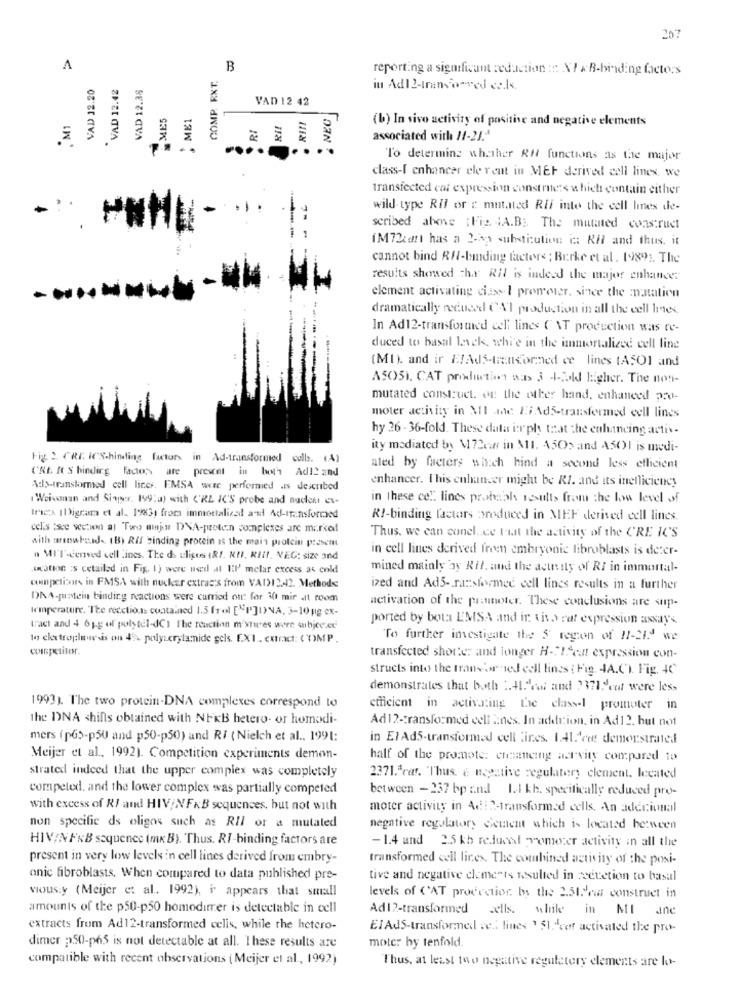
207
A
COMP. RXT.
B
reporting a significant redaction ::: X1 x B-binding factors
VAD 12.20
VAD 12.38
VAD 12.42
in Adl2-transformed cals.
VAD 12 42
MES
ME1
RIII
, M1
RI
Ril
(b) In vivo activity of positive and negative elements
associated with 11-21.ª
To determine whether All functions as the major
class-I enhancer ele rent in MEF derived cell lines, we
transfected car expression construes which contain either
wild type Ril or c mutated Rif into the cell lines de-
-
scribed abone ;Fig. 4A.B :. The mutated construct
(MRcant has a 2-bp substitution in RHl and thus. it
cannot bind RH-buding factors ; Berke et al. 19891. The
results showed that RIl is indeed the major enhancer
element activating ciasy I promeier, since the natation
dramatically reduced CA'I production in all the cell Imes.
In Ad12-transforuted celi lines ( NT production was re-
duced to basal levels, whi'e in the immortalized cell line
(MI). and ir #/AdS-transformed ce lines tASO1 and
ASOSI. CAT production was 3 -1-cold higher. The non-
mutated construct. on the other hand, enhanced 220-
moter activity in MI ane 1;Ad5-transformed cell lines
hy 26- 36-fold. These data ier ply that the enhancing activ-
ity mediated by M 72car in $11. 1502 and A501 is medi-
Fig 2. CRE. ICS.hinding factors in Ad-transformed cells. (A)
('RE. It S binding factors are present in both Adi2 znd
ated by factors which hind a second less efficient
enhancer. This enhancer might be RI. and its inefficiency
Ads-transformed cell licer. EMSA were performed .is described
Weisman and Siaper. 199:a) with ('RE IC'S probe and nuclear es-
in these cel. lines probably results from the low level of
Ires IDigram et al. 19%31 from immortalized ast Ad-transformed
RI-binding factors produced in MEF derived cell lines.
cel.s isce section al Two mijn DNA-preten complexes are marked
with arowhead. (B) Rif binding protein as the main protein present
Thus, we can conel. . ce tiat the activity of the CRE IC'S
in cell lines derived from embryonic fibroblasts is deter-
n MIT-derved cell Lines. The ds uliguss IRI. RUI, RIIt. VEG: size and
.(nation 's cetailed in Fig. 1) were used at HEI melar excess as cold
mined mainly ay Rfl. and the acunity of RI in immortal-
unpetitours in FMSA with nucker extras's from VAI12 .- 12. Methods
ized and Ad5 -. ransfermed cell lines results in a further
DNA-pinstein binding reactions were carried out for 30 mir at room
Icmperature. The recctions contained 1.5 frol ["P]INA, 3-10 pg ex-
activation of the promoter. These conclusions are sup-
ported by bour EMSA and in vivo rat expression assays
tact and 4 61g of polytel-dCI The reaction mixtures were wubice.ce
to electroplawsis on 4% polyacrylamide gels. [.XI . extract: COMP.
To further investigate the $ region of 17-21! we
competitor.
transfected shorter and longer H-2I cat expression con-
structs into the transfor ed cell lines : Fig. 4A.C). Fig. 40
demonstrates that both :. +1."eu and 2371.cut were les>
1993). The two protein-DNA complexes correspond to
efficient in activating the class-l promoter in
the DNA shins obtained with NFKB hetero- or homodi-
Ad12-transformed cell anes. In addition, in Ad12, but not
mers (pG)-p50 and p50-p50) and RI ( Nielch et al ., 1991:
in ElAd5-transformed cell fires. 1.41.fre demerstrated
Meijer et al ., 1992). Competition experiments demon-
half of the promete: craneing actvity compared to
strated indeed that the upper complex was completely
2371.ªcar. Thus, a negative regulatery element. lecated
competed. and the lower complex was partially competed
between - 237 bp and 1.1 kh. specifically reduced pro-
with excess of RI and HIV/NFKB sequences, but not with
moter activity in Adi 2-transformed cells. An adecional
non specific ds oligos such as RIl or a mutated
negative regulatory Gement which is located between
HIV/NFKB sequence (mk B). Thus. RI-binding factors are
- 1.4 und 2.5 kb reduced -romezer activity in all the
present in very low levels in cell lines derived from embry-
transformed cell lines. The combined activity of the posi-
onic fibroblasts. When compared to data published pre-
tive and negative elements wsulted in ceetetion to basal
vious:y (Meijer et al. 1992), i appears that small
levels of CAT procection, by the 2.51. our construct in
amounts of the p50-p50 homodirrer is detectable in cell
Ad12-transformed cells. while in MI
ane
extracts from Ad12-transformed celis, while the hetero-
EIAdS-transformed ved lines ' Shacer activated the pro-
moter hy tenfold.
dimer 2150-p65 is not detectable at all. These results are
compatible with recent observations ( Meijer et al ., 1992)
Thus, at least two negative regulatory elements are lo-